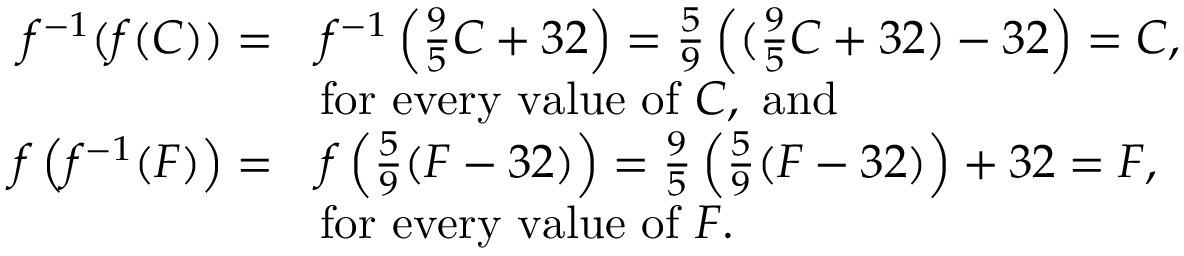
{ \begin{array} { r l } { f ^ { - 1 } ( f ( C ) ) = } & { f ^ { - 1 } \left( { \frac { 9 } { 5 } } C + 3 2 \right) = { \frac { 5 } { 9 } } \left( ( { \frac { 9 } { 5 } } C + 3 2 ) - 3 2 \right) = C , } \\ & { { \mathrm { f o r ~ e v e r y ~ v a l u e ~ o f ~ } } C , { \mathrm { ~ a n d ~ } } } \\ { f \left( f ^ { - 1 } ( F ) \right) = } & { f \left( { \frac { 5 } { 9 } } ( F - 3 2 ) \right) = { \frac { 9 } { 5 } } \left( { \frac { 5 } { 9 } } ( F - 3 2 ) \right) + 3 2 = F , } \\ & { { \mathrm { f o r ~ e v e r y ~ v a l u e ~ o f ~ } } F . } \end{array} }